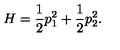
H = \frac { 1 } { 2 } p _ { 1 } ^ { 2 } + \frac { 1 } { 2 } p _ { 2 } ^ { 2 } .